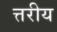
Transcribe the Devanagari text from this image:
त्तरीय